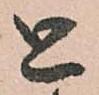
と